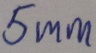
Text: 5mm